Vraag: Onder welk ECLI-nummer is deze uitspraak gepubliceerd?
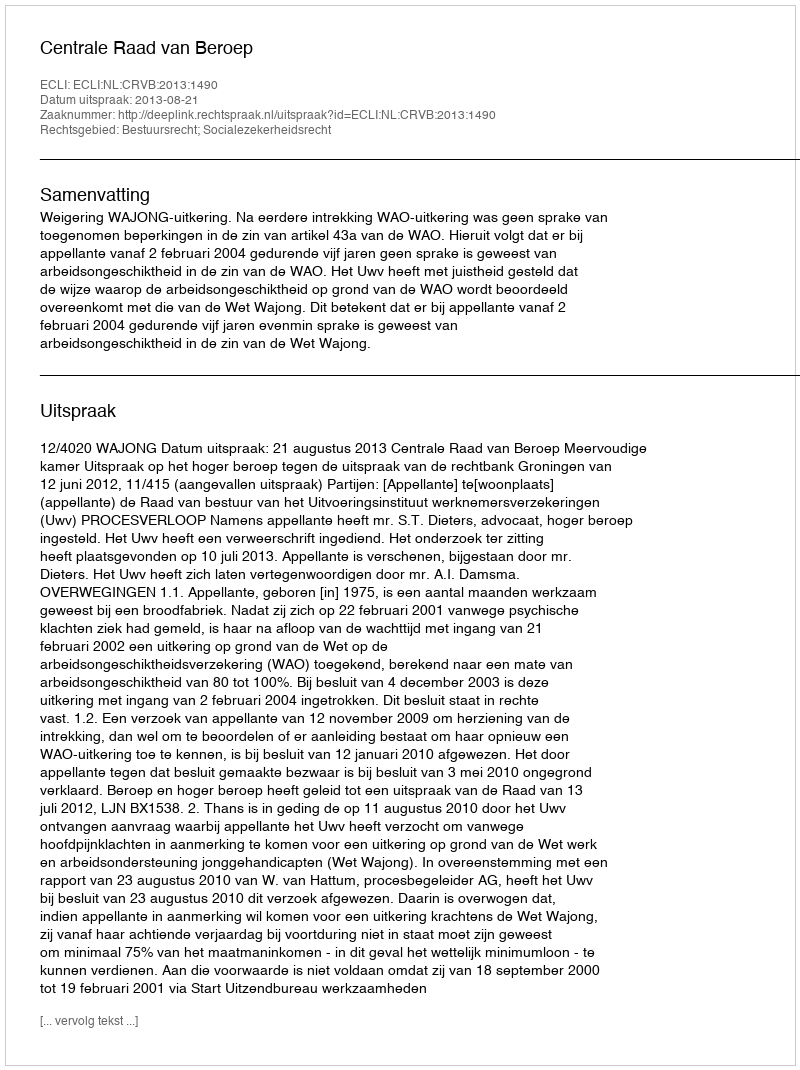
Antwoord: ECLI:NL:CRVB:2013:1490